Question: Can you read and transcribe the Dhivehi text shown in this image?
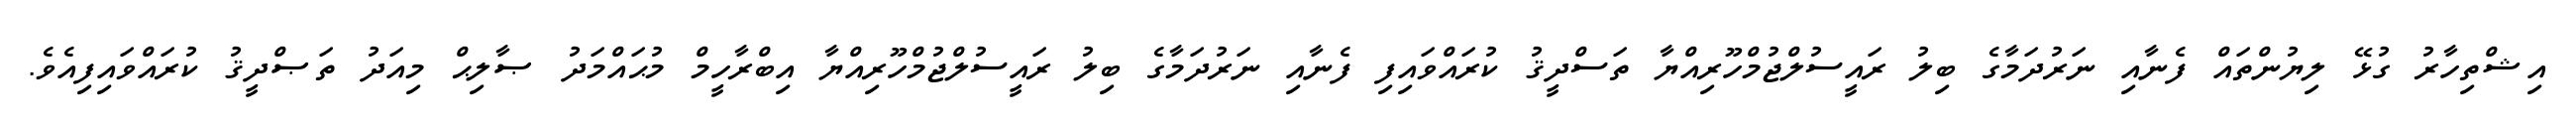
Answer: އިޝްތިހާރު ގުޅޭ ލިޔުންތައް ފެނާއި ނަރުދަމާގެ ބިލު ރައީސުލްޖުމްހޫރިއްޔާ ތަސްދީޤު ކުރައްވައިފި ފެނާއި ނަރުދަމާގެ ބިލު ރައީސުލްޖުމްހޫރިއްޔާ އިބްރާހީމް މުޙައްމަދު ޞާލިޙް މިއަދު ތަޞްދީޤު ކުރައްވައިފިއެވެ.